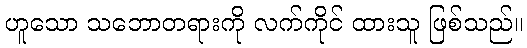
ဟူသော သဘောတရားကို လက်ကိုင် ထားသူ ဖြစ်သည်။